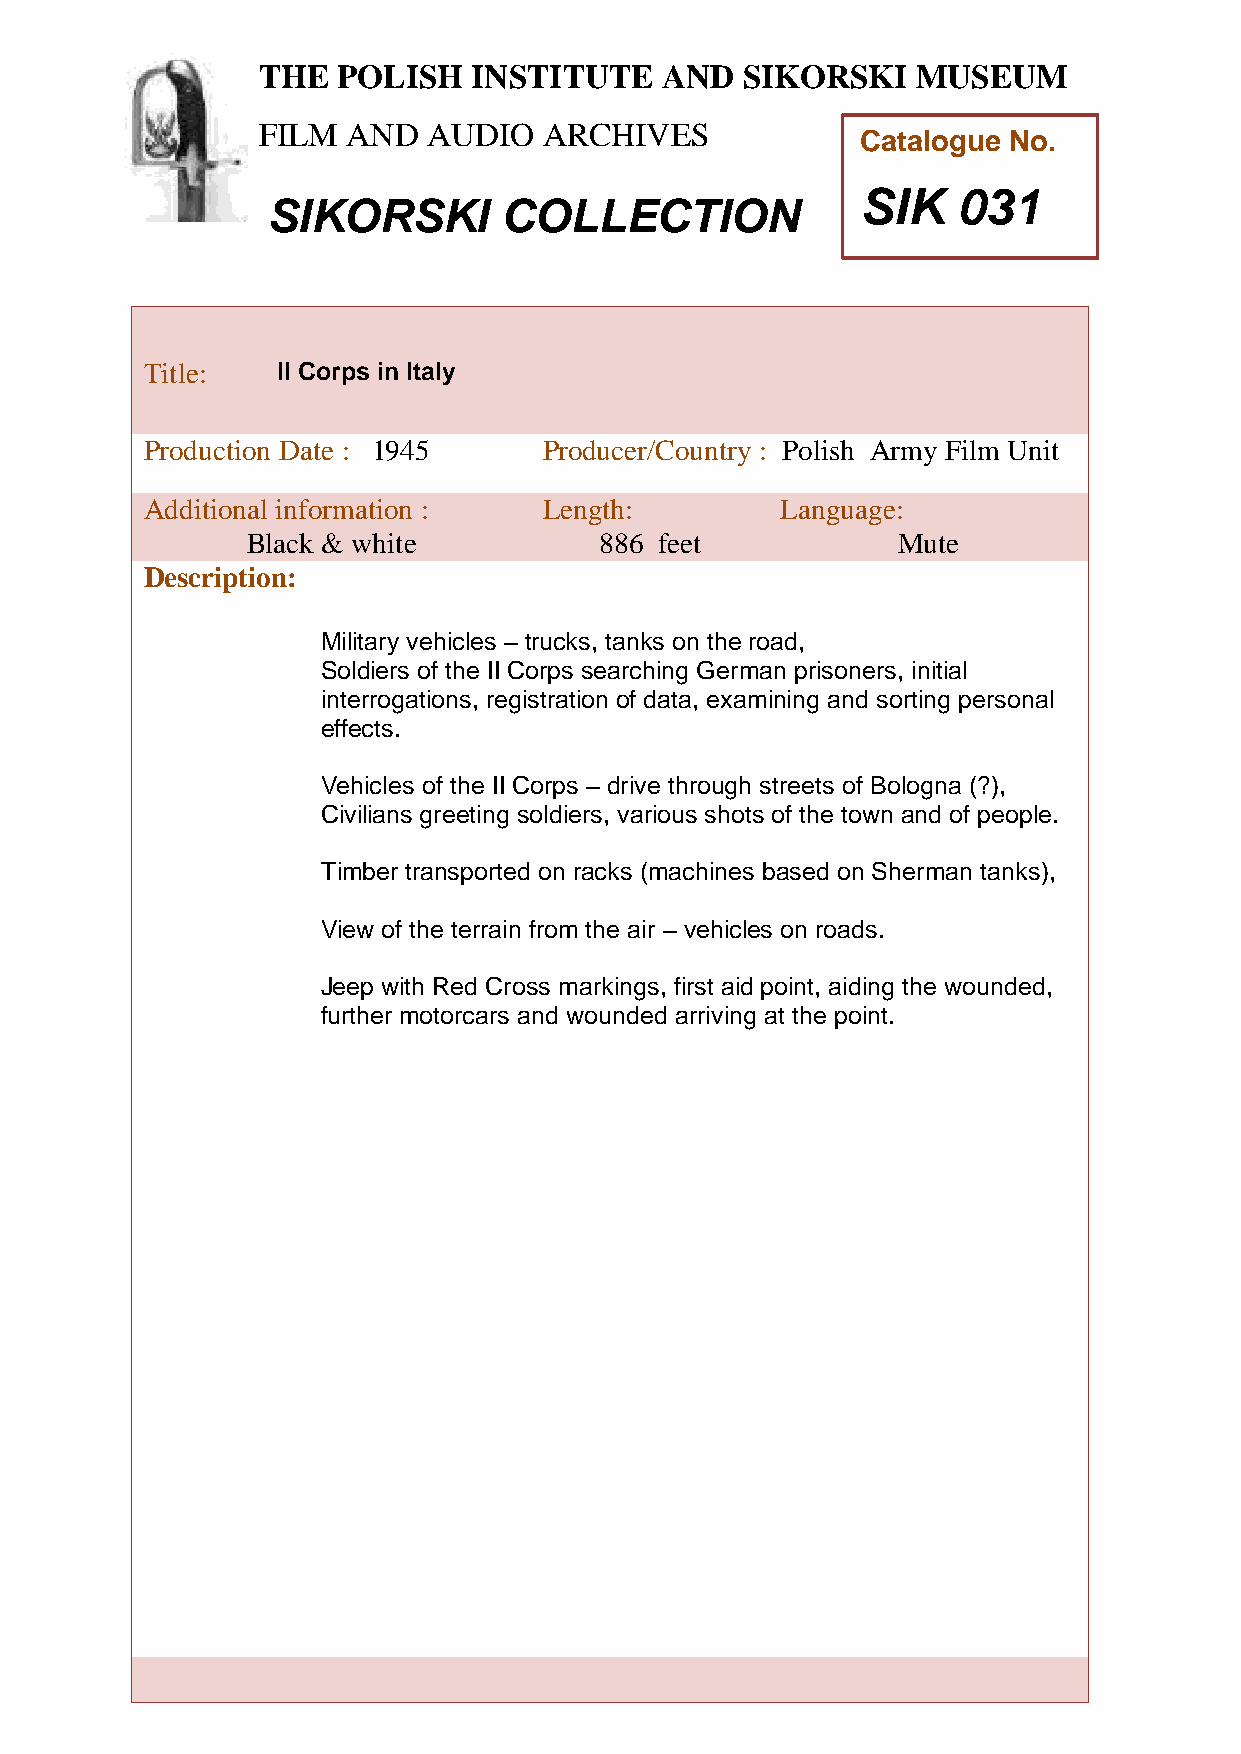
THE  POLISH   INSTITUTE    AND  SIKORSKI    MUSEUM
 FILM  AND  AUDIO   ARCHIVES
 Catalogue No.
 SIK   031
 SIKORSKI       COLLECTION
 T
 Title:   II Corps in Italy
 h
 e
 Production Date : 1945     Producer/Country : Polish Army Film Unit
 P
 Additioonal information :  Length:         Language:
 l
 i
 Black & white           886 feet           Mute
 s
 Description:
 h
 I
 Military vehicles – trucks, tanks on the road,
 Soldiners of the II Corps searching German prisoners, initial
 interrogsations, registration of data, examining and sorting personal
 t
 effects. i
 t
 Vehicles of thue II Corps – drive through streets of Bologna (?),
 t
 Civilians greeting soldiers, various shots of the town and of people.
 e
 Timber transported on racks (machines based on Sherman tanks),
 a
 n
 View of the terrain from the air – vehicles on roads.
 d
 Jeep with Red Cross markings, first aid point, aiding the wounded,
 S
 further motorcars and wounded arriiving at the point.
 k
 o
 r
 s
 k
 i
 M
 u
 s
 e
 u
 m